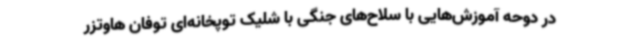
در دوحه آموزش‌هایی با سلاح‌های جنگی با شلیک توپخانه‌ای توفان هاوتزر